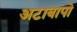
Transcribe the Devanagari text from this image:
अटाबापो